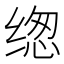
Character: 𰬰